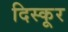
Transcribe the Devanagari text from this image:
दिस्कूर